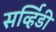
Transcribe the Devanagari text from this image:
सर्व्हिडी